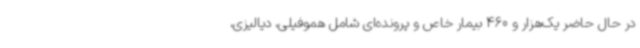
در حال حاضر یک‌هزار و 460 بیمار خاص و پرونده‌ای شامل هموفیلی، دیالیزی،